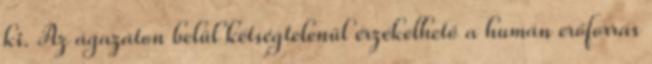
ki. Az ágazaton belül kétségtelenül érzékelhető a humán erőforrás